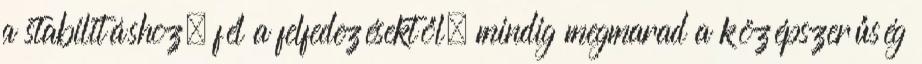
a stabilitáshoz, fél a felfedezésektől, mindig megmarad a középszerűség